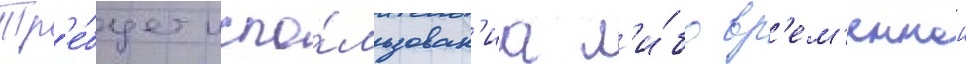
Тр'е́бует испо́льзован'иа л'и́бо вр'ем'еннои